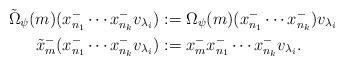
LaTeX: \begin{align*}\tilde\Omega_\psi(m)(x^-_{n_1}\cdots x^-_{n_k}v_{\lambda_i})&:=\Omega_\psi(m)(x^-_{n_1}\cdots x^-_{n_k})v_{\lambda_i} \\\tilde x_m^-(x^-_{n_1} \cdots x^-_{n_k}v_{\lambda_i})&:= x_m^-x^-_{n_1}\cdots x^-_{n_k}v_{\lambda_i}.\end{align*}